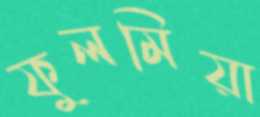
ফুলমিয়া